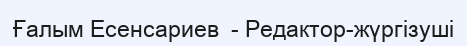
Ғалым Есенсариев  - Редактор-жүргізуші